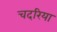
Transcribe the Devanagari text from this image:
चदरिया